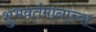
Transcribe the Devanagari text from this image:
शुभवर्तमानाच्या